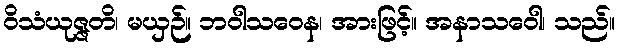
ဝိသံယုဇ္ဇတိ၊ မယှဉ်။ ဘဝါသဝေန၊ အားဖြင့်။ အနာသဝေါ၊ သည်။